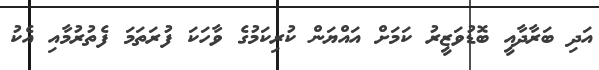
އަދި ބަރާދާއީ ބޮޑުވަޒީރު ކަމަށް އައްޔަން ކުރިކަމުގެ ވާހަކަ ފުރަތަމަ ފެތުރުމާއި އެކު